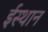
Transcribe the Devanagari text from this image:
ईस्थान